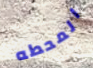
المحطه